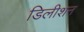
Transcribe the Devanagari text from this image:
डिलीशन